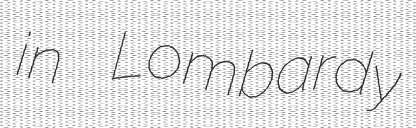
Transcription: in Lombardy